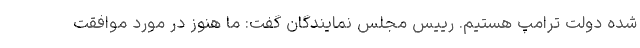
شده دولت ترامپ هستیم. رییس مجلس نمایندگان گفت: ما هنوز در مورد موافقت